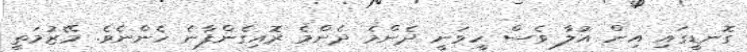
ގޮނޑީގައި އިން އުލާ ވެސް ހީވަނީ ދެންމެ ދެންމެ ރޮއިގެންފާނެ ހެންނެވެ. މޭޒުމަތީ